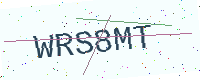
Text: WRS8MT